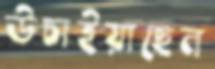
উচাইয়াছেন